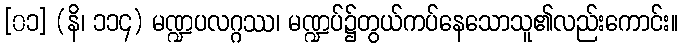
[၀၁] (နိ၊ ၁၁၄) မဏ္ဍပလဂ္ဂဿ၊ မဏ္ဍပ်၌တွယ်ကပ်နေသောသူ၏လည်းကောင်း။